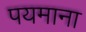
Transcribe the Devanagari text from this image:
पयमाना